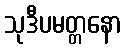
သုဒီပမတ္တနော